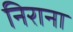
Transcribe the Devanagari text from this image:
निराना